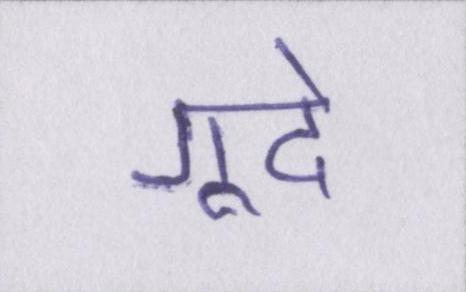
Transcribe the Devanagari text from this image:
गूदे